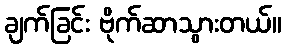
ချက်ခြင်း ဗိုက်ဆာသွားတယ်။